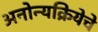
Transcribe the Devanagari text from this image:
अनोन्यक्रियेचे